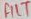
Text: FILT